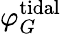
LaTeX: \varphi_{G}^{\mathrm{tidal}}